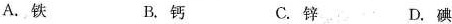
A. 铁 B. 钙 C. 锌 D. 碘